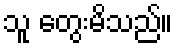
သူ တွေးမိသည်။